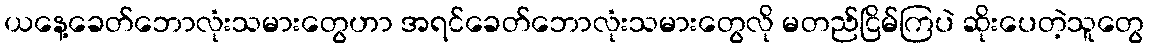
ယနေ့ခေတ်ဘောလုံးသမားတွေဟာ အရင်ခေတ်ဘောလုံးသမားတွေလို မတည်ငြိမ်ကြပဲ ဆိုးပေတဲ့သူတွေ